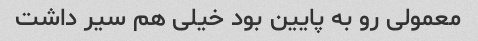
معمولی رو به پایین بود خیلی هم سیر داشت